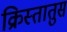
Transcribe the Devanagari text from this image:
क्रिस्‍तातुस